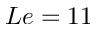
L e = 1 1